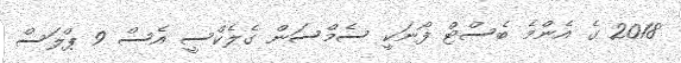
2018 ގެ އެންމެ ބެސްޓް ފޯނަކީ ސެމްސަން ގެލެކްސީ އެސް 9 ޕްލަސް